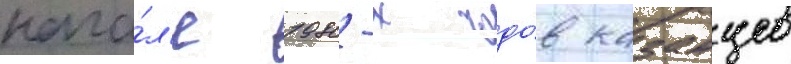
нача́л'е 1980-х годо́в казанцев